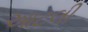
આટલી